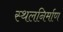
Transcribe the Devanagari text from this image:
स्थलनिर्माण